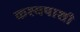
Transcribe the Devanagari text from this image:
कश्यपाशी